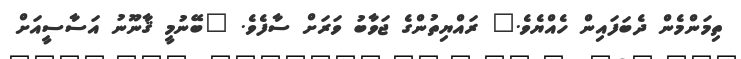
ތިމަންމެން ދެބަފައިން ހެއްޔެވެ." ރައްޔިތުންގެ ޖަވާބު ވަރަށް ސާފެވެ. "ބޭނުމީ ޤާނޫނު އަސާސީއަށް